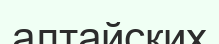
алтайских